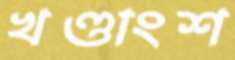
খণ্ডাংশ